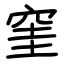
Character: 窐